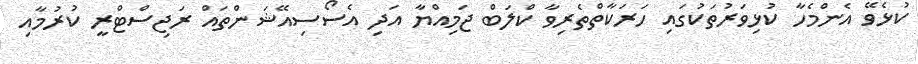
ކުޅެވޭ އެންމެހާ ކުޅިވަރުތަކުގައި ހަރަކާތްތެރިވާ ކްލަބް ޖަމިއްޔާ އަދި އެސޯސިއޭޝަންތައް ރަޖިސްޓްރީ ކުރުމާއި